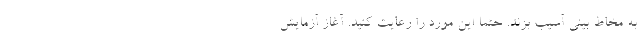
به مخاط بینی آسیب بزند. حتما این مورد را رعایت کنید. آغاز آزمایش